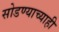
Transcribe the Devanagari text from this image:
सोडण्याच्याही